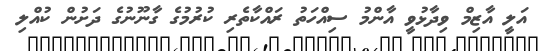
އަލީ އާޒިމް ވިދާޅުވީ އާންމު ސިއްހަތު ރައްކާތެރި ކުރުމުގެ ގާނޫނުގެ ދަށުން ކުއްލި